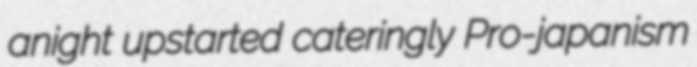
anight upstarted cateringly Pro-japanism